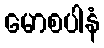
မောစပါနံ